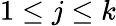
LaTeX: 1\le j\le k